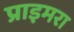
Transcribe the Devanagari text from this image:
प्राइमरा